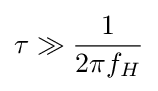
\tau \gg {\frac {1}{2\pi f_{H}}}